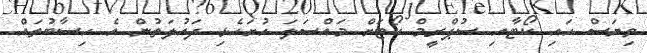
ވިޔަސް ހައި ކޯޓާއި ސުޕްރީމް ކޯޓަށް މައްސަލަ ހުށަހެޅި ދައުލަތުން އެ ހިސާބުތައް